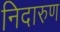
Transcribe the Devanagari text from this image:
निदारुण